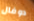
دوفال